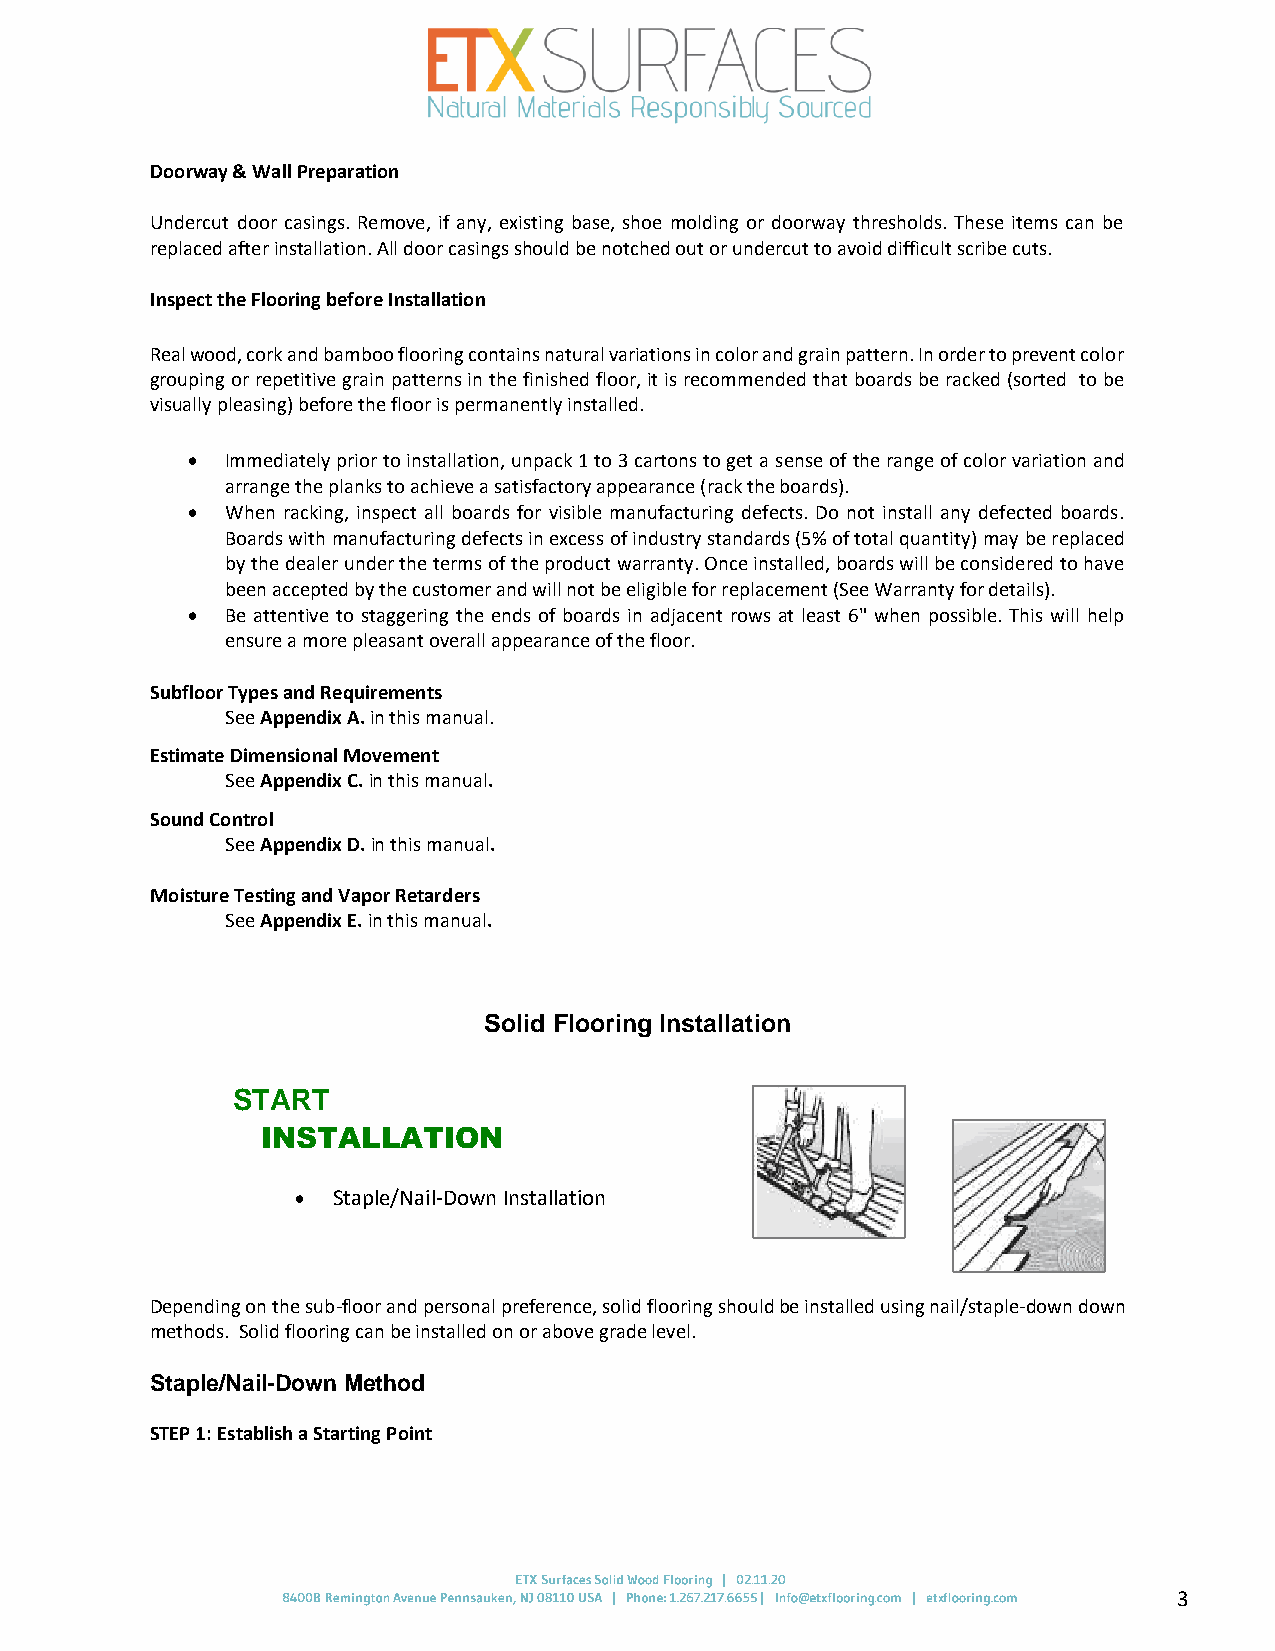
Doorway & Wall Preparation
 Undercut door casings. Remove, if any, existing base, shoe molding or doorway thresholds. These items can be
 replaced after installation. All door casings should be notched out or undercut to avoid difficult scribe cuts.
 Inspect the Flooring before Installation
 Real wood, cork and bamboo flooring contains natural variations in color and grain pattern. In order to prevent color
 grouping or repetitive grain patterns in the finished floor, it is recommended that boards be racked (sorted to be
 visually pleasing) before the floor is permanently installed.
 •  Immediately prior to installation, unpack 1 to 3 cartons to get a sense of the range of color variation and
 arrange the planks to achieve a satisfactory appearance (rack the boards).
 •  When racking, inspect all boards for visible manufacturing defects. Do not install any defected boards.
 Boards with manufacturing defects in excess of industry standards (5% of total quantity) may be replaced
 by the dealer under the terms of the product warranty. Once installed, boards will be considered to have
 been accepted by the customer and will not be eligible for replacement (See Warranty for details).
 •  Be attentive to staggering the ends of boards in adjacent rows at least 6" when possible. This will help
 ensure a more pleasant overall appearance of the floor.
 Subfloor Types and Requirements
 See Appendix A. in this manual.
 Estimate Dimensional Movement
 See Appendix C. in this manual.
 Sound Control
 See Appendix D. in this manual.
 Moisture Testing and Vapor Retarders
 See Appendix E. in this manual.
 Solid Flooring Installation
 START
 INSTALLATION
 • Staple/Nail-Down Installation
 Depending on the sub-floor and personal preference, solid flooring should be installed using nail/staple-down down
 methods. Solid flooring can be installed on or above grade level.
 Staple/Nail-Down Method
 STEP 1: Establish a Starting Point
 3